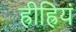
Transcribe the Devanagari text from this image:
ह्रीह्रियं